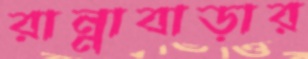
রান্নাবাড়ার